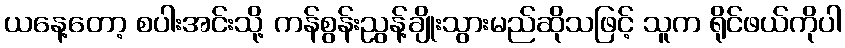
ယနေ့တော့ စပါးအင်းသို့ ကန်စွန်းညွန့်ချိုးသွားမည်ဆိုသဖြင့် သူက ရိုင်ဖယ်ကိုပါ